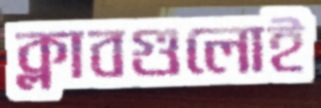
ক্লাবগুলোই